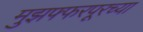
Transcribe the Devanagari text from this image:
मुझफ्फरपूरच्या